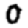
Digit: 0